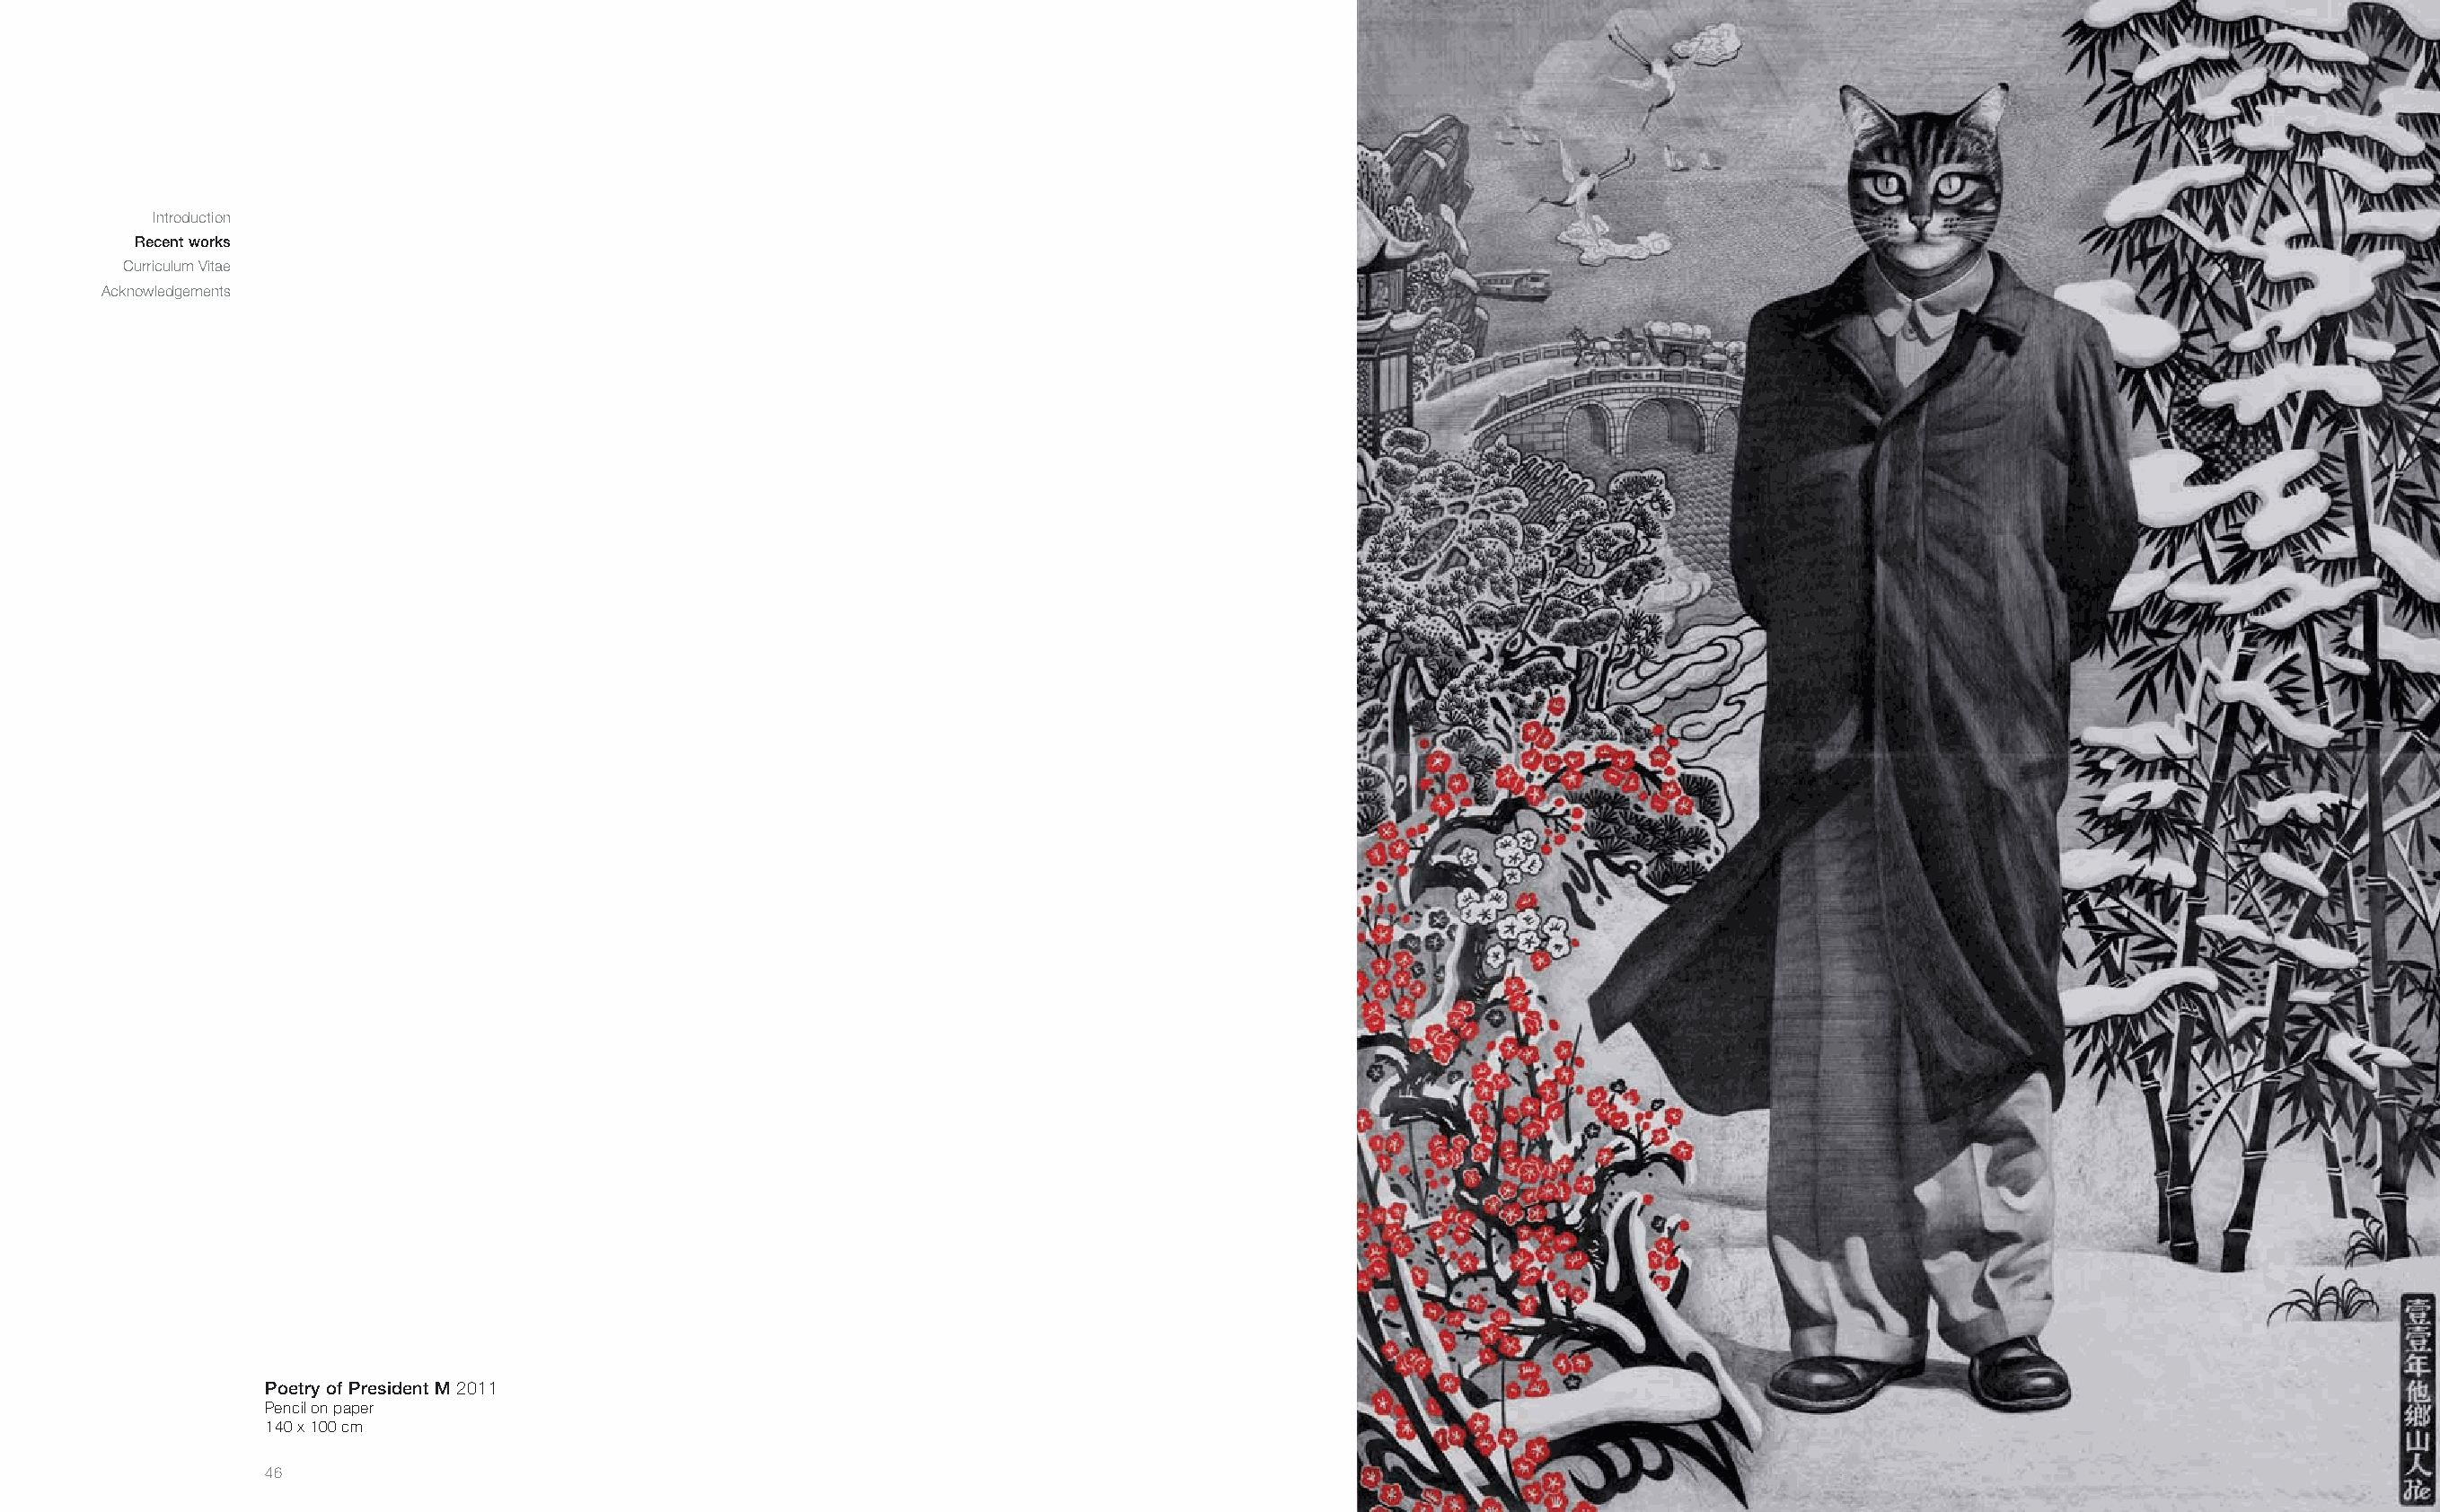
Introduction
 Recent works
 Curriculum Vitae
 Acknowledgements
 Poetry of President M 2011
 Pencil on paper
 140 x 100 cm
 46                                                                                                                                                       47